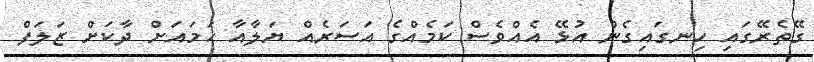
ގޭތެރޭގައި ހިނގައިގެން އުޅޭ އެއްވެސް ކަމެއްގެ އަސަރެއް ޔަލާއާ ހަމައަށް ދާކަށް ޒަލަފް